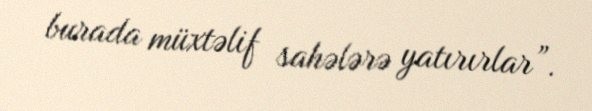
burada müxtəlif sahələrə yatırırlar”.